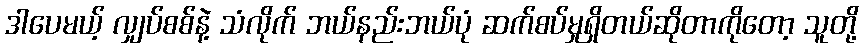
ဒါပေမယ့် လျှပ်စစ်နဲ့ သံလိုက် ဘယ်နည်းဘယ်ပုံ ဆက်စပ်မှုရှိတယ်ဆိုတာကိုတော့ သူတို့